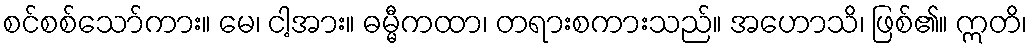
စင်စစ်သော်ကား။ မေ၊ ငါ့အား။ ဓမ္မီကထာ၊ တရားစကားသည်။ အဟောသိ၊ ဖြစ်၏။ ဣတိ၊